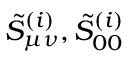
\tilde { S } _ { \mu \nu } ^ { ( i ) } , \tilde { S } _ { 0 0 } ^ { ( i ) }